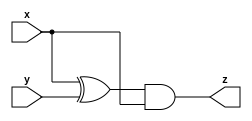
module top_moduleA (input x, input y, output z);

    assign z = (x^y) & x;
    
endmodule

module top_moduleB ( input x, input y, output z );

    assign z = ~(x ^ y);
    
endmodule

module top_module (input x, input y, output z);

    wire z1,z2,z3,z4,z5,z6;
    
    top_moduleA IA1(.x(x),.y(y),.z(z1));
    top_moduleA IA2(.x(x),.y(y),.z(z2));
    top_moduleB IB1(.x(x),.y(y),.z(z3));
    top_moduleB IB2(.x(x),.y(y),.z(z4));
    
    assign z5 = z1 | z3;
    assign z6 = z2 & z4;
    assign z = z5 ^ z6;
    
endmodule